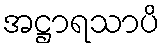
အဋ္ဌာရသာပိ